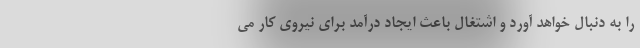
را به دنبال خواهد آورد و اشتغال باعث ایجاد درآمد برای نیروی کار می